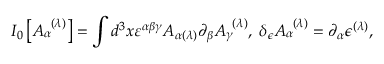
I _ { 0 } \left[ A _ { \alpha } ^ { \; \; ( \lambda ) } \right] = \int d ^ { 3 } x \varepsilon ^ { \alpha \beta \gamma } A _ { \alpha ( \lambda ) } \partial _ { \beta } A _ { \gamma } ^ { \; \; ( \lambda ) } , \; \delta _ { \epsilon } A _ { \alpha } ^ { \; \; ( \lambda ) } = \partial _ { \alpha } \epsilon ^ { ( \lambda ) } ,